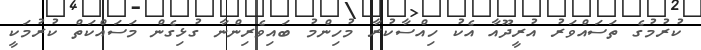
ކުރުމުގެ ތަސައްވަރު އުރީދޫއާ އެކު ހިއްސާކުރާ މުހިންމު ބައިވެރިންނާ ގުޅިގެން މަސައްކަތް ކުރުމަކީ